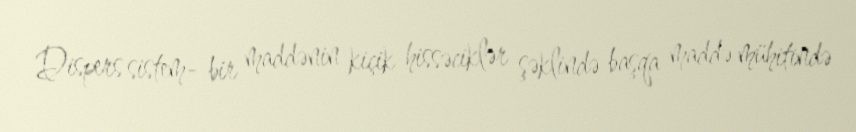
Dispers sistem- bir maddənin kiçik hissəciklər şəklində başqa maddə mühitində